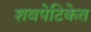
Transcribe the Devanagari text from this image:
शवपेटिकेत